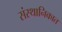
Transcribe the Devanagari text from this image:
संस्थानिकात